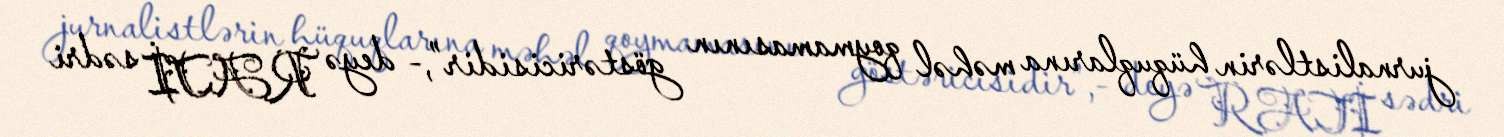
jurnalistlərin hüquqlarına məhəl qoymamasının göstəricisidir”,- deyə RATİ sədri